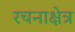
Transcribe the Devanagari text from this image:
रचनाक्षेत्र